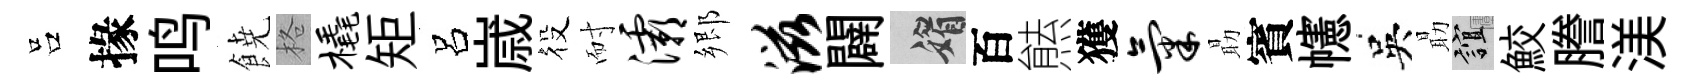
吕掾鸣𩜙格橇矩呂𡻕役耐灞郷滋闢媚百㷱獲气朂賓幰吳朂誼鮫謄渼